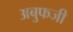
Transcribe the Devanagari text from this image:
अबुफजी